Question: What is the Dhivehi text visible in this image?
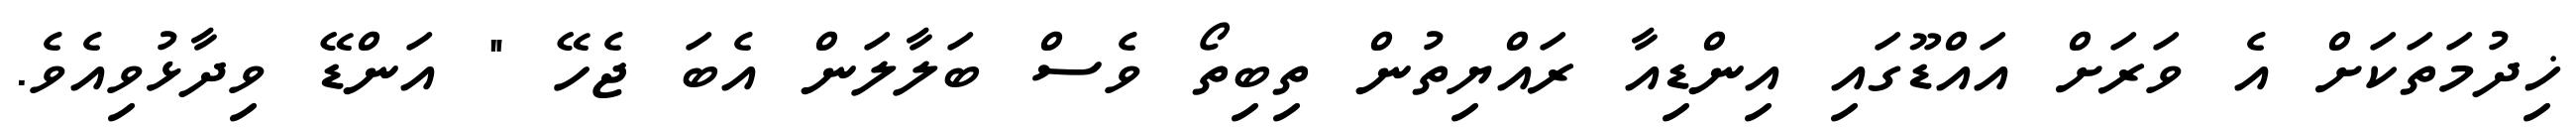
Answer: ޚިދުމަތަކަށް އެ ވަރަށް އައްޑޫގައި އިންޑިއާ ރައްޔިތުން ތިބިތޯ ވެސް ބަލާލަން އެބަ ޖެހޭ " އަންޑޭ ވިދާޅުވިއެވެ.